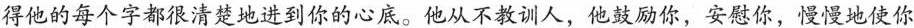
得他的每个字都很清楚地进到你的心底。他从不教训人，他鼓励你，安慰你，慢慢地使你